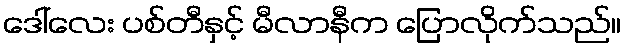
ဒေါ်လေး ပစ်တီနှင့် မီလာနီက ပြောလိုက်သည်။